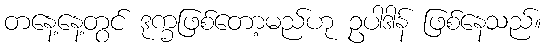
တနေ့နေ့တွင် ဒုက္ခဖြစ်တော့မည်ဟု ဥပါဒါန် ဖြစ်နေသည်။